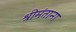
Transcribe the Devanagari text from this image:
श्रीमंताना